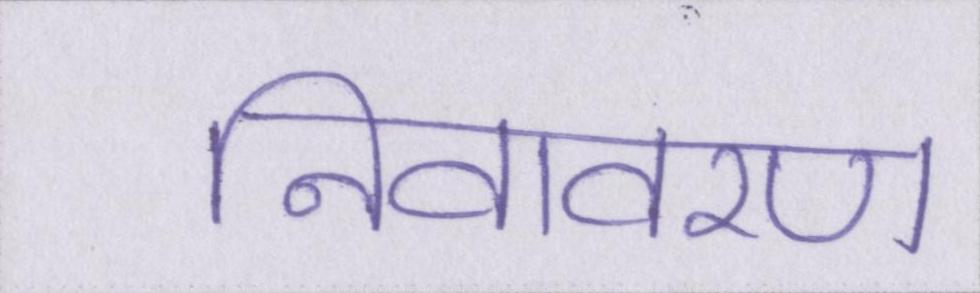
निवावरण